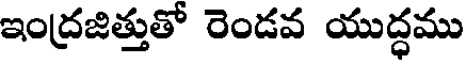
ఇంద్రజిత్తుతో రెండవ యుద్ధము